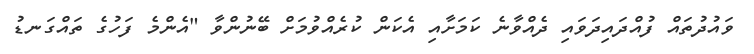
ވައުދުތައް ފުއްދައިދަވައި ދެއްވާނެ ކަމަށާއި އެކަން ކުރެއްވުމަށް ބޭނުންވާ "އެންމެ ފަހުގެ ތައްގަނޑު